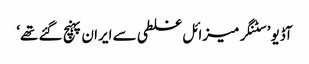
آڈیو ’سٹنگر میزائل غلطی سے ایران پہنچ گئے تھے‘